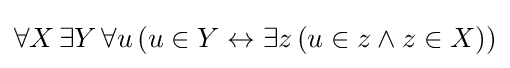
\forall X\,\exists Y\,\forall u\,(u\in Y\leftrightarrow \exists z\,(u\in z\land z\in X))